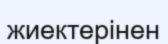
жиектерінен